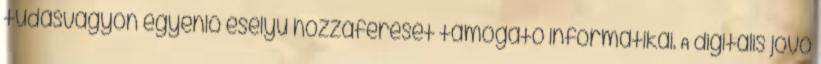
tudásvagyon egyenlő esélyű hozzáférését támogató informatikai. A digitális jövő